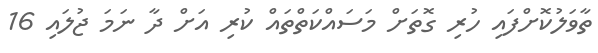
ތާވަލުކޮށްފައި ހުރި ގޮތަށް މަސައްކަތްތައް ކުރި އަށް ދާ ނަމަ ޖުލައި 16